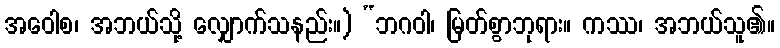
အဝေါစ၊ အဘယ်သို့ လျှောက်သနည်း။) “ဘဂဝါ၊ မြတ်စွာဘုရား။ ကဿ၊ အဘယ်သူ၏။